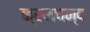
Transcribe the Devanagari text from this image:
क्रमचन्द